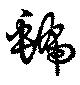
號